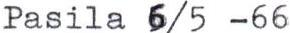
Pasila 6/5 -66